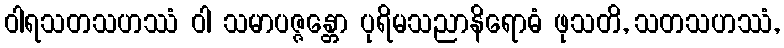
ဝါရသတသဟဿံ ဝါ သမာပဇ္ဇန္တော ပုရိမသညာနိရောဓံ ဖုသတိ, သတသဟဿံ,